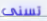
تسنى